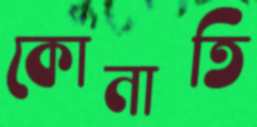
কোনাতি